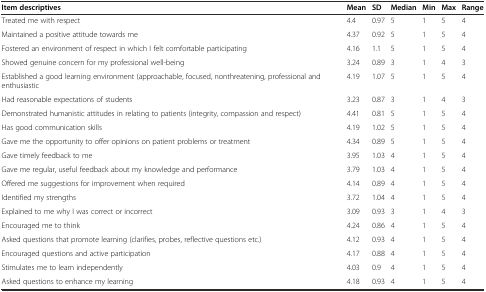
<table><thead><tr><td><b>Item descriptives</b></td><td><b>Mean</b></td><td><b>SD</b></td><td><b>Median</b></td><td><b>Min</b></td><td><b>Max</b></td><td><b>Range</b></td></tr></thead><tbody><tr><td>Treated me with respect</td><td>4.4</td><td>0.97</td><td>5</td><td>1</td><td>5</td><td>4</td></tr><tr><td>Maintained a positive attitude towards me</td><td>4.37</td><td>0.92</td><td>5</td><td>1</td><td>5</td><td>4</td></tr><tr><td>Fostered an environment of respect in which I felt comfortable participating</td><td>4.16</td><td>1.1</td><td>5</td><td>1</td><td>5</td><td>4</td></tr><tr><td>Showed genuine concern for my professional well-being</td><td>3.24</td><td>0.89</td><td>3</td><td>1</td><td>4</td><td>3</td></tr><tr><td>Established a good learning environment (approachable, focused, nonthreatening, professional and enthusiastic</td><td>4.19</td><td>1.07</td><td>5</td><td>1</td><td>5</td><td>4</td></tr><tr><td>Had reasonable expectations of students</td><td>3.23</td><td>0.87</td><td>3</td><td>1</td><td>4</td><td>3</td></tr><tr><td>Demonstrated humanistic attitudes in relating to patients (integrity, compassion and respect)</td><td>4.41</td><td>0.81</td><td>5</td><td>1</td><td>5</td><td>4</td></tr><tr><td>Has good communication skills</td><td>4.19</td><td>1.02</td><td>5</td><td>1</td><td>5</td><td>4</td></tr><tr><td>Gave me the opportunity to offer opinions on patient problems or treatment</td><td>4.34</td><td>0.89</td><td>5</td><td>1</td><td>5</td><td>4</td></tr><tr><td>Gave timely feedback to me</td><td>3.95</td><td>1.03</td><td>4</td><td>1</td><td>5</td><td>4</td></tr><tr><td>Gave me regular, useful feedback about my knowledge and performance</td><td>3.79</td><td>1.03</td><td>4</td><td>1</td><td>5</td><td>4</td></tr><tr><td>Offered me suggestions for improvement when required</td><td>4.14</td><td>0.89</td><td>4</td><td>1</td><td>5</td><td>4</td></tr><tr><td>Identified my strengths</td><td>3.72</td><td>1.04</td><td>4</td><td>1</td><td>5</td><td>4</td></tr><tr><td>Explained to me why I was correct or incorrect</td><td>3.09</td><td>0.93</td><td>3</td><td>1</td><td>4</td><td>3</td></tr><tr><td>Encouraged me to think</td><td>4.24</td><td>0.86</td><td>4</td><td>1</td><td>5</td><td>4</td></tr><tr><td>Asked questions that promote learning (clarifies, probes, reflective questions etc.)</td><td>4.12</td><td>0.93</td><td>4</td><td>1</td><td>5</td><td>4</td></tr><tr><td>Encouraged questions and active participation</td><td>4.17</td><td>0.88</td><td>4</td><td>1</td><td>5</td><td>4</td></tr><tr><td>Stimulates me to learn independently</td><td>4.03</td><td>0.9</td><td>4</td><td>1</td><td>5</td><td>4</td></tr><tr><td>Asked questions to enhance my learning</td><td>4.18</td><td>0.93</td><td>4</td><td>1</td><td>5</td><td>4</td></tr></tbody></table>